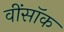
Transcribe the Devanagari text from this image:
वींसॉक